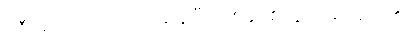
ခရီးများကိုလည်း တစ်ခုပြီးတစ်ခုစေလွှတ်နေလေ၏။